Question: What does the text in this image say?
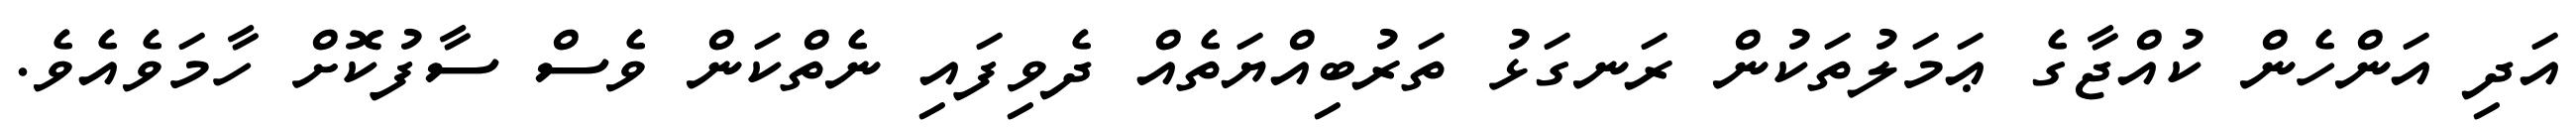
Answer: އަދި އަންހެން ކުއްޖާގެ ޢަމަލުތަކުން ރަނގަޅު ތަރުބިއްޔަތެއް ދެވިފައި ނެތްކަން ވެސް ސާފުކޮށް ހާމަވެއެވެ.